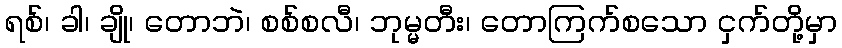
ရစ်၊ ခါ၊ ချို၊ တောဘဲ၊ စစ်စလီ၊ ဘုမ္မတီး၊ တောကြက်စသော ငှက်တို့မှာ